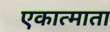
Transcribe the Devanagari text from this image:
एकात्माता